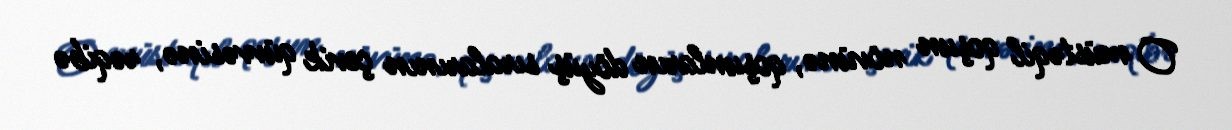
O müstəqil qoşun növünə, qoşunların döyüş sıralarının çevik qüvvəsinə, rəqibə